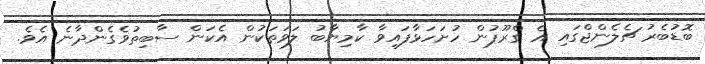
ބޮޑުބެރު ޗެލެންޖްގައި އެ ގްރޫޕުން ހުށަހަޅާފައިވާ ކާމިޔާބު ލަވަތަކުން އެކަން ސާބިތުވެގެންދާނެ އެވެ.